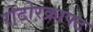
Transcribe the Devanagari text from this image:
रोटोरक्राफ्ट